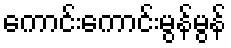
ကောင်းကောင်းမွန်မွန်